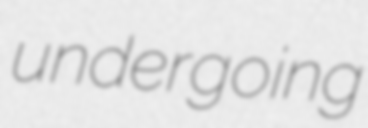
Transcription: undergoing